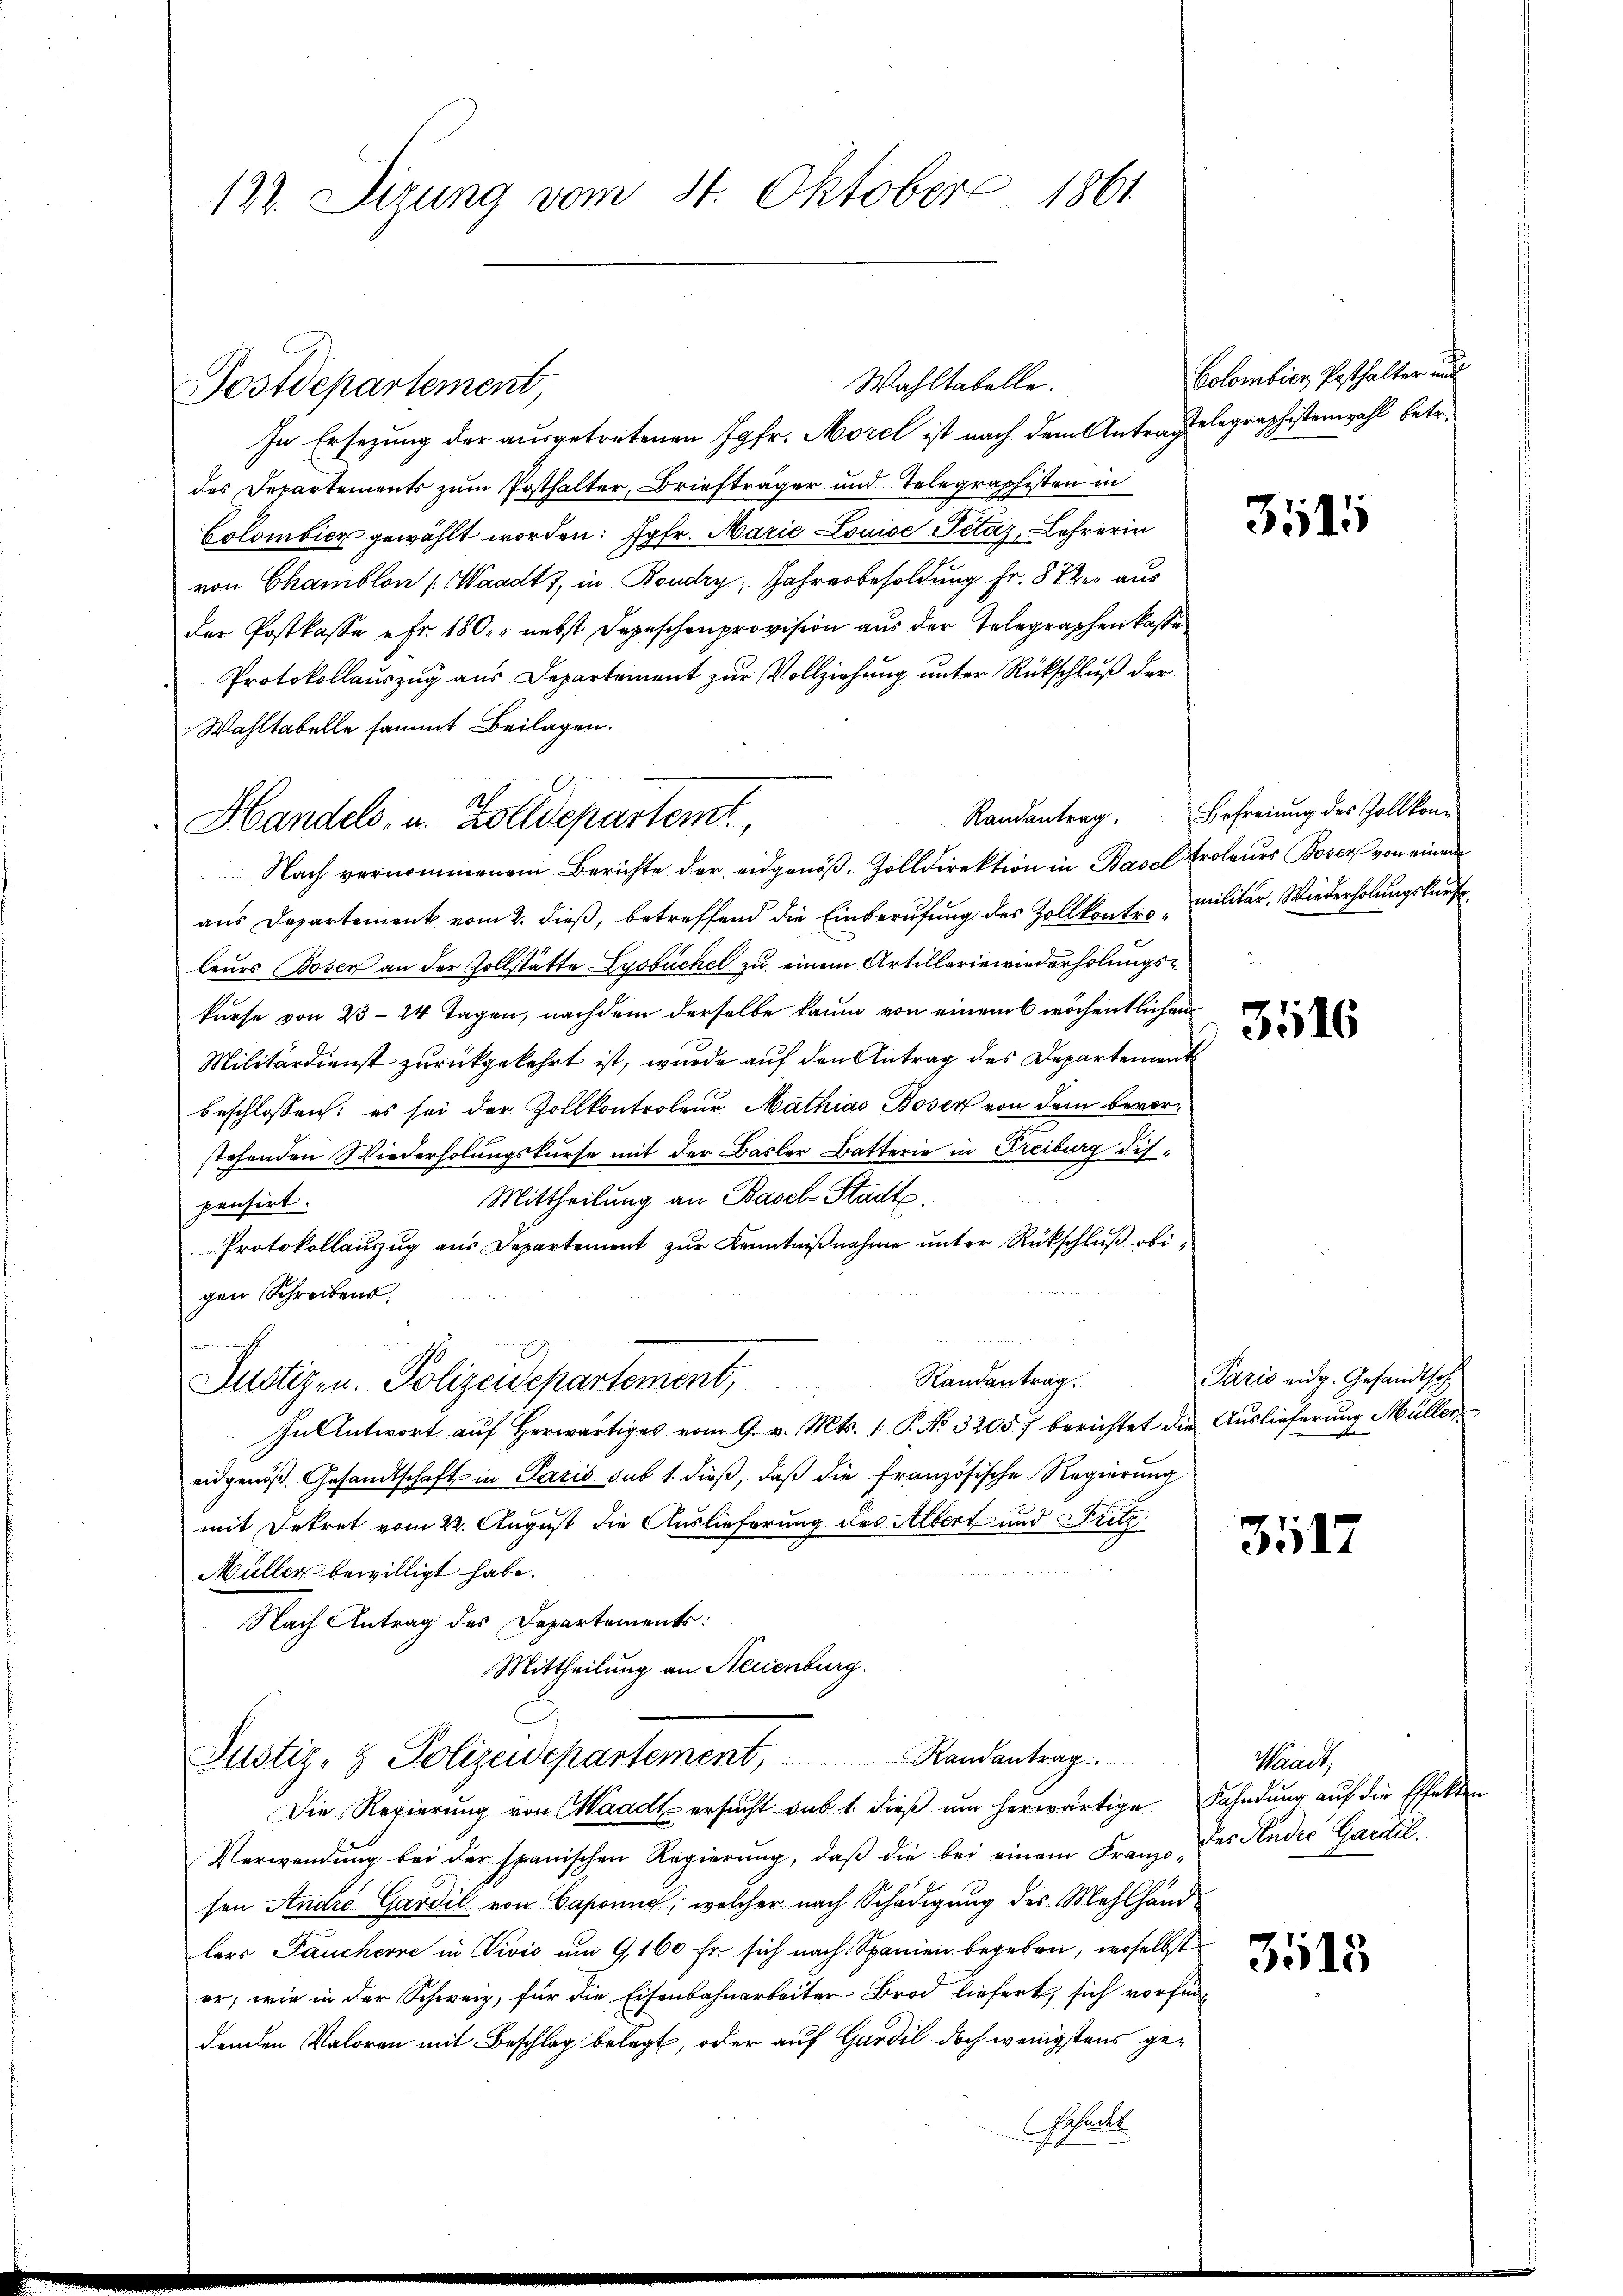
122. Sitzung vom 4. Oktober 1861

Postdepartement,

In Ersezung der ausgetretenen Jgfr. Morel ist nach dem Unter Gelegraphistenwahl betr.
des Departements zum Posthalter, Briefträger und Telegraphisten in
Colombier gewählt worden: Jgfr. Marie Louise Petaz, Lehrerin
von Chamblon (Waadt, in Boudry, Jahresbesoldung Fr. 8 des aus
der Postkasse fr. 180. nebst Depeschenprovision aus der Telegraphen kasse
Protokollauszug aus Departement zur Vollziehung unter Rückschluß der
Wahltabelle sammt Beilagen.
Nach vernommenem Berichte der eidgenöβ. Zolldirektion in Basel Proleurs Boser von einem
aus Departement vom 2. dieß, betreffend die Einberufung des Zollkontro militär. Wiederholungskurse
leurs Bosen an der Vollstätte Lysbüchel zu einem Artilleriewiederholungskurse von 23 24 Tagen, nachdem derselbe kaum von einem wöchentlichen
Militärdienst zurückgekehrt ist, wurde auf den Antrag des Departement
beschlossen: es sei der Zollkontroleur Mathias Böser von dem bevorstehenden Wiederholungskurse mit der Basler Batterie in Freiburg dis¬
Mittheilung an Basel-Stadte.
pensirt.
Protokollauszug aus Departement zur Kenntnißnahme unter Rückschluß obigen Schreibens
Randantrag. Paris eidg. Gesandtsch
Justizen. Polizeidepartement,
In Antwort auf herwärtiges vom 9. v. Mts. 1. P. No. 32057 berichtet die Auslieferung Müller
eidgenös. Gesandtschaft in Paris sub 1. dieβ, daβ die französische Regierung
mit Dekret vom 22. August die Auslieferung des Albert und Fritz
Müller bewilligt habe.
Nach Antrag des Departements:
Mittheilung an Neuenburg.

Handels- u. Zolldepartemt

Wahltabelle.

Justiz- & Polizeidepartement, Randantrag.

Die Regierŭng von Waadt ersŭcht sub 1. dieβ ŭm herwärtige Fahndŭng aŭf die Effekten
Verwendung bei der spanischen Regierung, daß die bei einem Franze des Indić Gardelsen Andre Gardil von Caponie, welcher nach Schädigung des Mehlhandlers Paucherre in Vivis am 9,160 fr sich nach Spanien begeben, woselbst
er, wie in der Schweiz, für die Eisenbahnarbeiter Brod liefert, sich vorfindenden Valoren mit Beschlag belegt, oder auf Gardil doch wenigstens ge¬
Fahndet

Colombier Posthalter und

3515

Randantrag. Befreiung des Zollkom-

3516

3517

Waadt,
3515